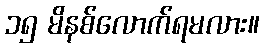
၁၅ မိနစ်လောက်ရမလား။